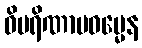
ဝိပရိဏာမဓမ္မေန